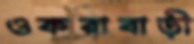
ওকরাবাড়ী